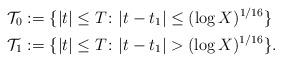
LaTeX: \begin{align*}\mathcal{T}_0 &:= \{|t| \leq T \colon |t-t_1| \leq (\log X)^{1/16} \} \\\mathcal{T}_1 &:= \{|t| \leq T \colon |t-t_1| > (\log X)^{1/16} \}.\end{align*}